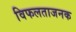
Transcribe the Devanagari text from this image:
विफलताजनक